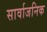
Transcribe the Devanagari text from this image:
सार्वाजनिक